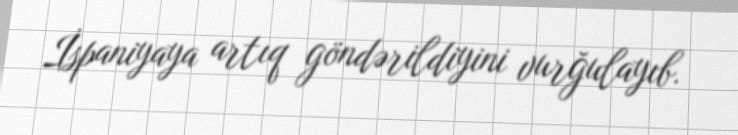
İspaniyaya artıq göndərildiyini vurğulayıb.